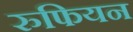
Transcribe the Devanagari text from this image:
रुफियन